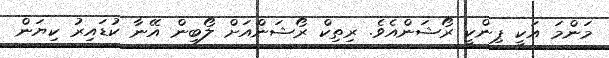
މަންމަ އަކީ ޕިންކީ ރޯޝަންއެވެ. ރިތިކް ރޯޝަންއަށް ލޯބިން އޭނާ ކުޑައިރު ކިޔަން